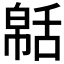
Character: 𦧠